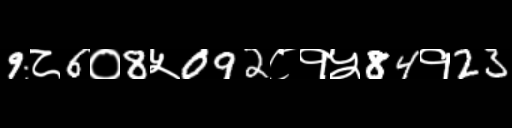
Text: 9८6०8५092८१५84१23